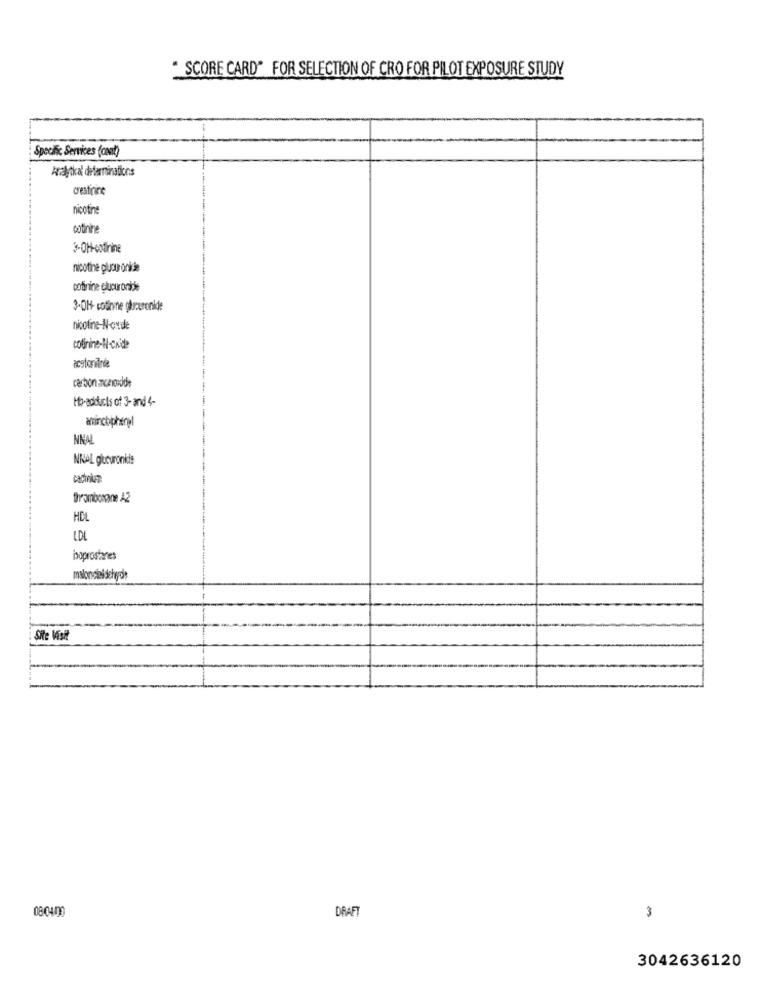
" SCORE CARD" FOR SELECTION OF CRO FOR PILOT EXPOSURE STUDY
Specific Services (ct)
crestrine
nicotine
cotinine
3-OH-extirine
nicotine pluog onidie
cotinine clupuronidie
3-0H- cotinne gburronke
nicotine-N-oxide
colinine-I-ckide
carbon anchode
Ho-adducts of 3- and 4-
aninchphenyl
NNA
NNAL gueuranide
cadmium
thromborane A2
HDL
LDL
haprosiaries
malondizi schyde
Site Visit
080400
DRAF
3
3042636120